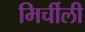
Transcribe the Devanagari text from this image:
मिर्चीली